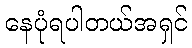
နေပုံရပါတယ်အရှင်